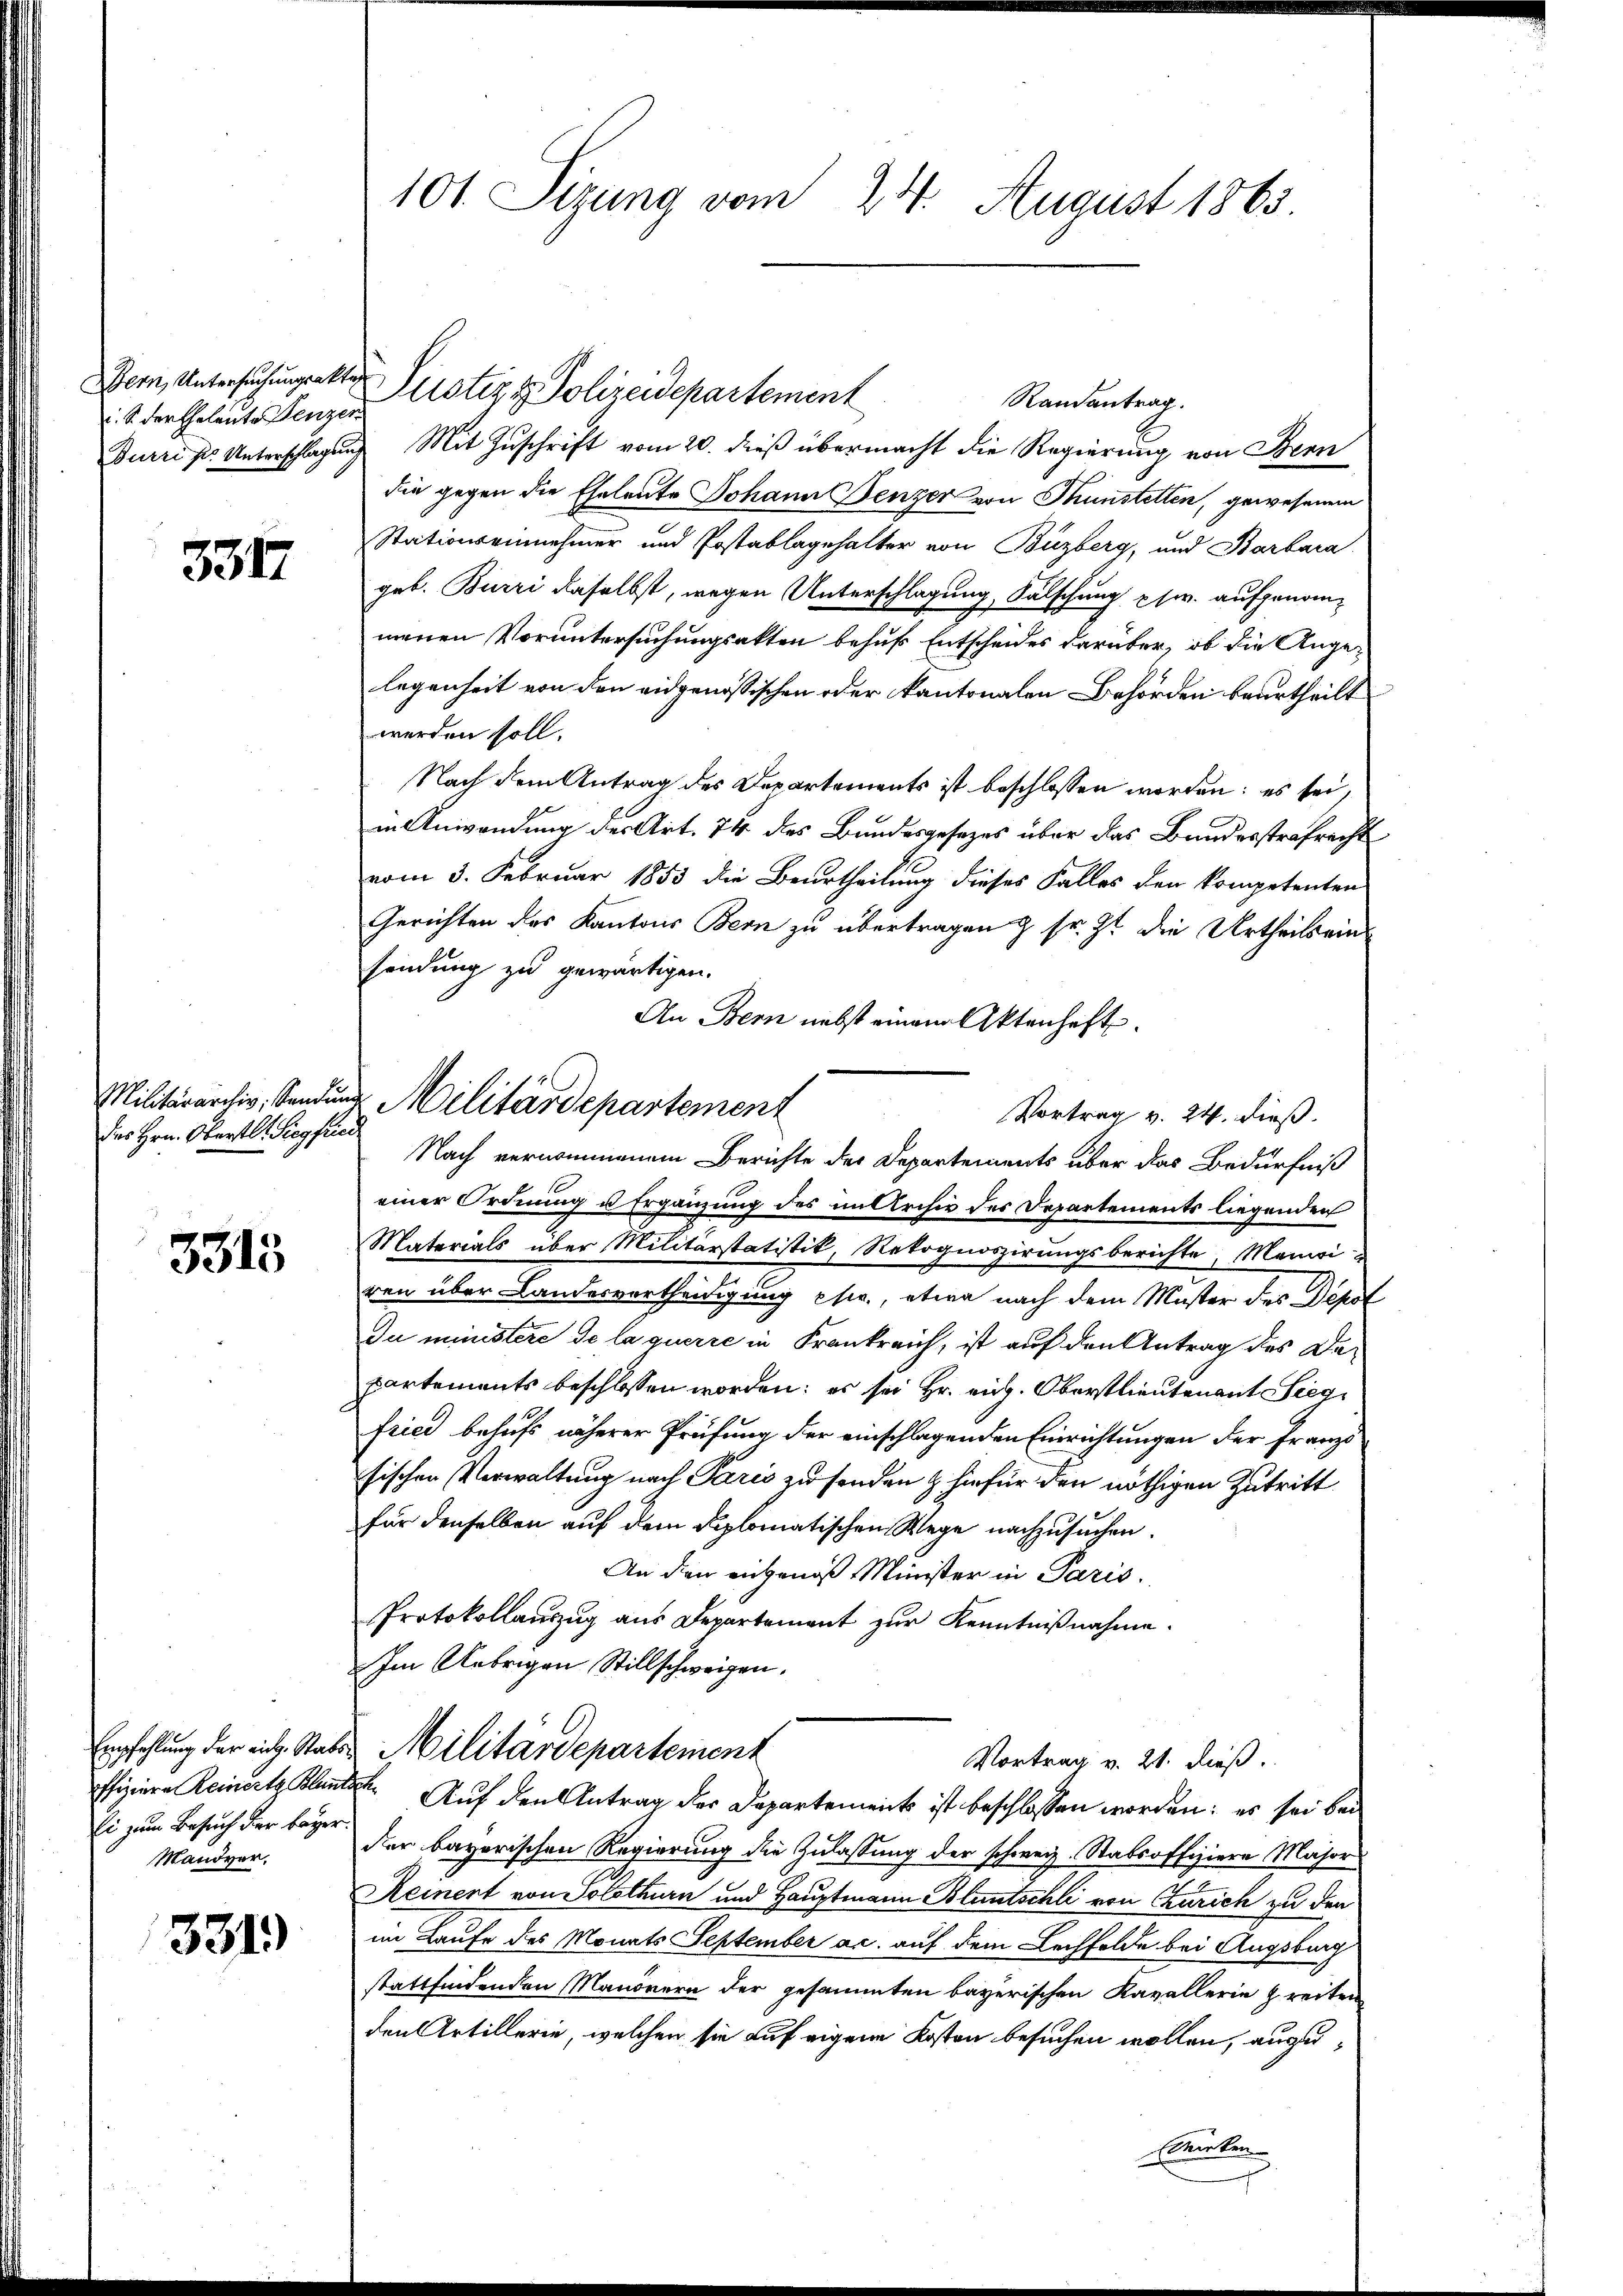
Bern, Untersuchungsakter
i. S. der Eheleute Fenzen

5317

dies Hrn. Oberstl. Siegfried

3315

Ei zum Besuch der bayer.
Mandver,

3319)

101. Sizung vom 24. August 1863.

Justiz & Polizeidepartement
Randantrag.
Burriss. Unterschlagung Mit Zuschrift vom 20. dieß übermacht die Regierung von Bern
die gegen die Eheleute Johann Benzer von Thunstetten, gewesenem
Stationseinnehmer und Erstablagehalter von Buzberg, und Barbara
geb. Burri daselbst, wegen Unterschlagung, Falschung pfw. aufgenommenen Voruntersuchungsakten behufs Entscheides darüber, ob die Angelegenheit von den eidgenössischen oder Kantonalen Behörden beurtheilt
werden soll.
Nach dem Antrag des Departements ist beschlossen worden; es sei,
in Anwendung des Art. 74 des Bundesgesetzes über das Bundesstrafrecht
vom 3. Februar 1853 die Beurtheilung dieses Falles den kompetenten
Gerichten des Kantons Bern zu übertragen & sr. Zt. die Urtheils einsendung zu gewärtigen.
An Bern nebst einem Aktenhaft.
Vortrag v. 24. dieß.
Nach vernommenem Berichte der Departements über das Bedürfniß
einer Ordnung u Ergänzung des in Archiv der Departements liegenden
Materials über Militärstatistik, Rekognoszirungsberichte, Manivi
ren über Landesvertheidigung pr., etwa nach dem Muster des Dekol
Du ministere de laquerre in Frankreich, ist auf den Antrag des Departements beschlossen worden: es sei Hr. rich. Oberstlieutenant Sieg
fried behufs näherer Prüfung der einschlagenden Einrichtungen der Franzi
sischen Verwaltung nach Paris zu senden & hiefür den nöthigen Zutritt
für denselben auf dem diplomatischen Wege nachzusuchen.
An den eingenoß Minister in Paris.
Protokollauszug aus Departement zur Kenntnißnahme.
Im Uebrigen Stillschweigen.
Empfehlung der eid. Stats Militärdepartement
Vortrag v. 21. dieß.
ffiziere Reinert Blunter Auf den Antrag der Departement ist beschlossen worden; es sei bei
der bayerischen Regierung die Zulassung der schweiz. Stabsoffiziere Major
Reinent von Solothurn und Hauptmann Bluntschli von Curich zu den
im Laufe des Monats September ac. auf dem Lechfelde bei Augsburg
stattfindenden Manonern der gesammten bayerischen Kavallerie greiten
den Artillerie, welchen sie auf eigene Kosten besuchen wollen, anzu¬
Brücken

Militärarchiv, Sendung Militärdepartement